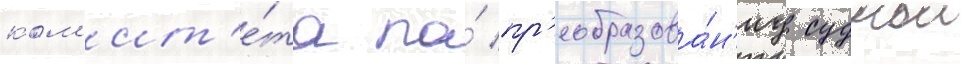
ком'ит'е́та по́ пр'еобразова́н'иу суднои